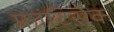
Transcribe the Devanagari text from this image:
फ्रांटिसेक